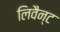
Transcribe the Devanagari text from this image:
लिवैन्ट